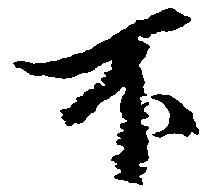
不